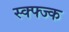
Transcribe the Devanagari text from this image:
स्क्फ्ज्क